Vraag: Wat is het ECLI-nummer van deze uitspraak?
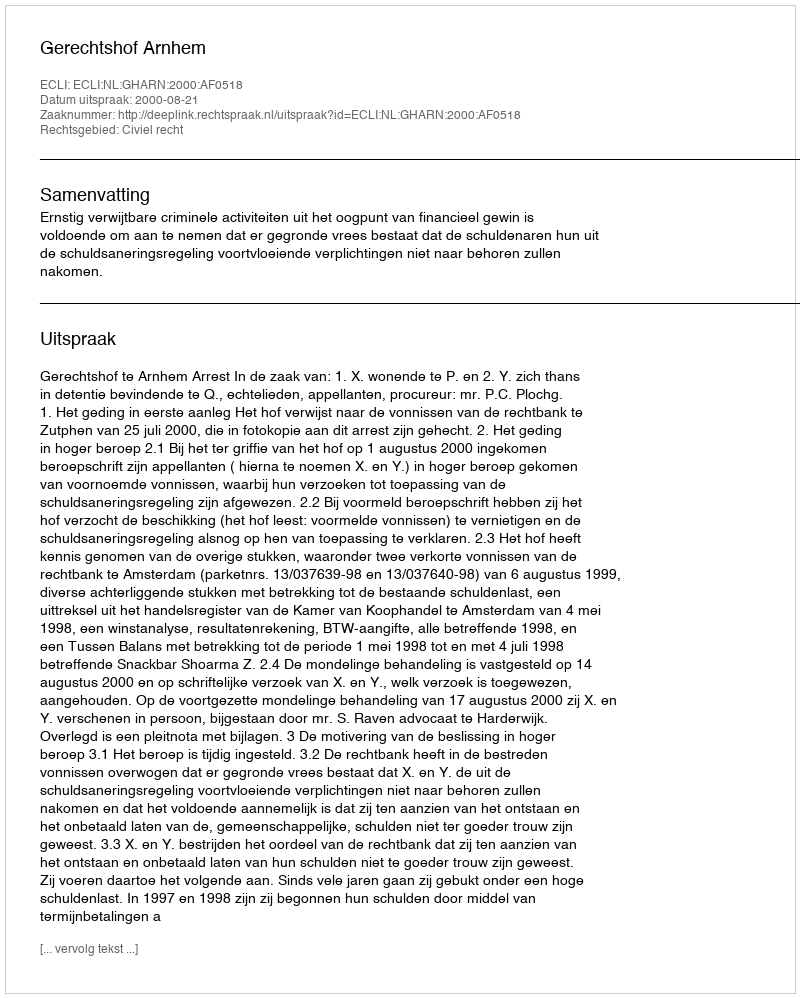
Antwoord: ECLI:NL:GHARN:2000:AF0518